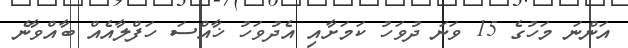
އަންނަ މަހުގެ 15 ވަނަ ދުވަހު ކަމަށާއި އެދުވަހު ޚާއްސަ ހަފްލާއެއް ބާއްވާނެ